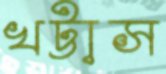
খট্টাস